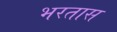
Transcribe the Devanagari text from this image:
भरतास